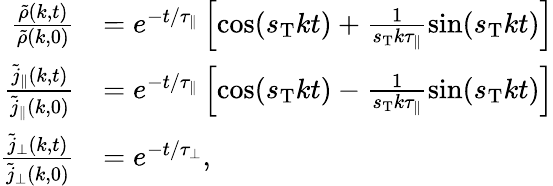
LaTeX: \begin{array}{rl}{\frac{\tilde{\rho}(k,t)}{\tilde{\rho}(k,0)}}&{=e^{-t/\tau_{\parallel}}\left[\cos(s_{\mathrm{T}}kt)+\frac{1}{s_{\mathrm{T}}k\tau_{\parallel}}\sin(s_{\mathrm{T}}kt)\right]}\\ {\frac{\tilde{j}_{\parallel}(k,t)}{\tilde{j}_{\parallel}(k,0)}}&{=e^{-t/\tau_{\parallel}}\left[\cos(s_{\mathrm{T}}kt)-\frac{1}{s_{\mathrm{T}}k\tau_{\parallel}}\sin(s_{\mathrm{T}}kt)\right]}\\ {\frac{\tilde{j}_{\perp}(k,t)}{\tilde{j}_{\perp}(k,0)}}&{=e^{-t/\tau_{\perp}},}\end{array}